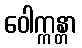
ဝေါက္ကန္တာ